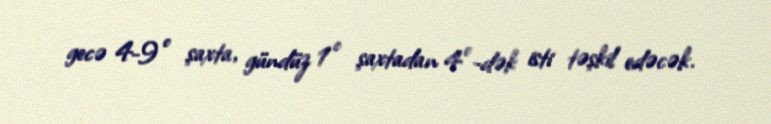
gecə 4-9° şaxta, gündüz 1° şaxtadan 4°-dək isti təşkil edəcək.